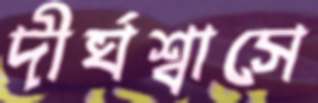
দীর্ঘশ্বাসে